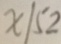
x / 5 2